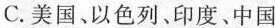
C.美国、以色列、印度、中国